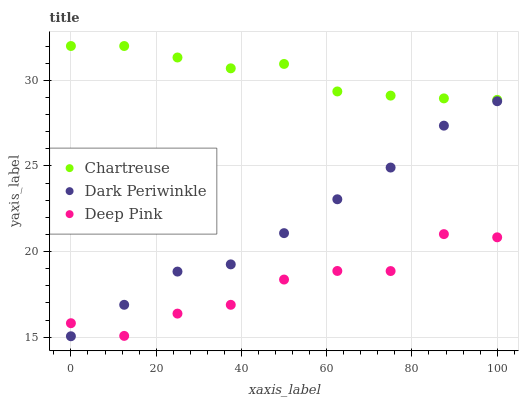
| xaxis_label | Chartreuse | Dark Periwinkle | Deep Pink |
 | --- | --- | --- | --- |
 | 0 | 32 | 15.1 | 15.8 |
 | 12.5 | 32 | 16.9 | 15.1 |
 | 25 | 31.3 | 18.8 | 16.4 |
 | 37.5 | 30.7 | 19.3 | 16.9 |
 | 50 | 31 | 21.1 | 18.4 |
 | 62.5 | 29.3 | 23.1 | 18.9 |
 | 75 | 29.1 | 24.9 | 18.9 |
 | 87.5 | 28.9 | 27.4 | 21 |
 | 100 | 28.9 | 28.8 | 20.8 |